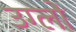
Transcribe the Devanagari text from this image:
उग्लो